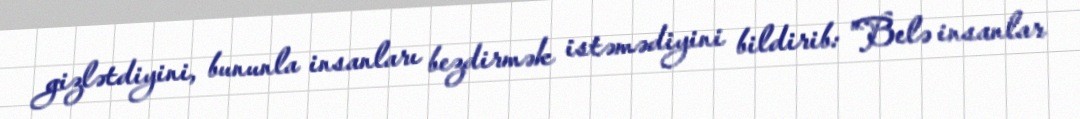
gizlətdiyini, bununla insanları bezdirmək istəmədiyini bildirib: "Belə insanlar